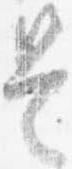
是